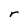
Character: r